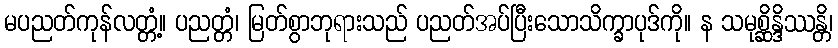
မပညတ်ကုန်လတ္တံ့။ ပညတ္တံ၊ မြတ်စွာဘုရားသည် ပညတ်အပ်ပြီးသောသိက္ခာပုဒ်ကို။ န သမုစ္ဆိန္ဒိဿန္တိ၊